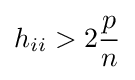
h_{ii}>2{\dfrac {p}{n}}